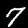
Label: 7